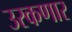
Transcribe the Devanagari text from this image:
उरकणार